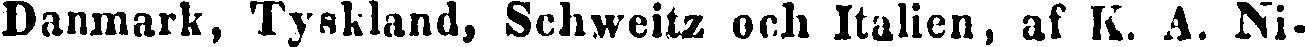
Danmark, Tyskland, Schweitz och Italien, af K. A. Ni-